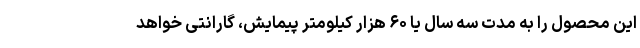
این محصول را به مدت سه سال یا ۶۰ هزار کیلومتر پیمایش، گارانتی خواهد